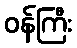
ဝန်ကြီး